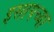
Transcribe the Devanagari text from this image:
इसापच्या